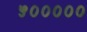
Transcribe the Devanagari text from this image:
५०००००